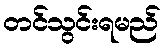
တင်သွင်းရမည်